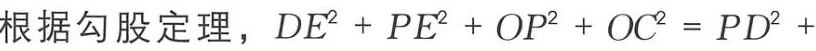
根据勾股定理，\(DE^{2}+PE^{2}+OP^{2}+OC^{2}=PD^{2}+\)